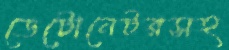
ডেটোনেটরসহ